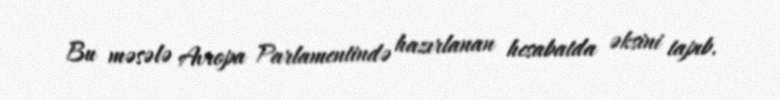
Bu məsələ Avropa Parlamentində hazırlanan hesabatda əksini tapıb.